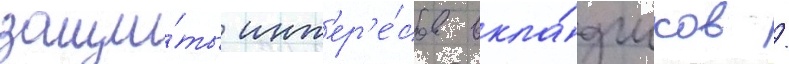
защи́ты инт'ер'е́сов вкла́дчиков /